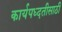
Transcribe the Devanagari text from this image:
कार्यपध्दतीसाठी